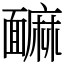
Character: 䩋